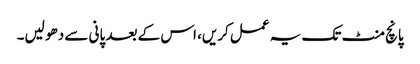
پانچ منٹ تک یہ عمل کریں، اس کے بعد پانی سے دھو لیں۔